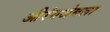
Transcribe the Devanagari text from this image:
औरंगजेबला